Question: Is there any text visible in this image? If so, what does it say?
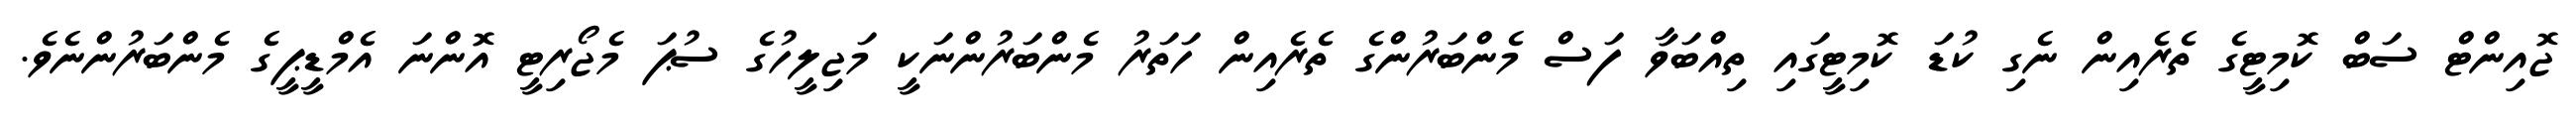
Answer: ޖޮއިންޓް ސަބް ކޮމިޓީގެ ތެރެއިން ނެގި ކުޑަ ކޮމިޓީގައި ތިއްބަވާ ފަސް މެންބަރުންގެ ތެރެއިން ހަތަރު މެންބަރުންނަކީ މަޖިލީހުގެ ސުޕަ މެޖޯރިޓީ އޮންނަ އެމްޑީޕީގެ މެންބަރުންނެވެ.